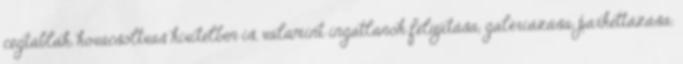
cégtáblák, kovácsoltvas kivitelben is, valamint ingatlanok felújítása, galériázása, parkettázása.